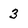
Character: 3